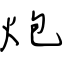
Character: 炮